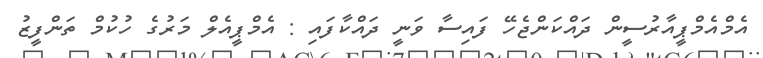
އެމްއެމްޕީއާރުސީން ދައްކަންޖެހޭ ފައިސާ ވަނީ ދައްކާފައި : އެމްޕީއެލް މަރުގެ ހުކުމް ތަންފީޒު